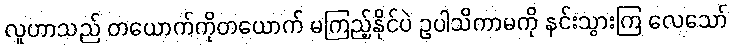
လူဟာသည် တယောက်ကိုတယောက် မကြည့်နိုင်ပဲ ဥပါသိကာမကို နင်းသွားကြ လေသော်